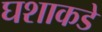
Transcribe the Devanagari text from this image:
घशाकडे